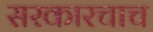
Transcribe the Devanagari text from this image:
सरकारचाच